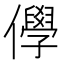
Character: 𠐮